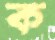
ক